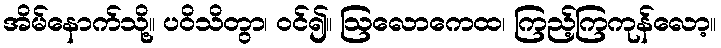
အိမ်နောက်သို့။ ပဝိသိတွာ၊ ဝင်၍။ ဩလောကေထ၊ ကြည့်ကြကုန်လော့။